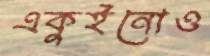
একুইনোও